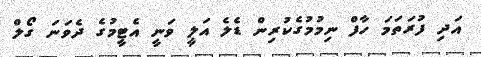
އަދި ފުރަތަމަ ހާފް ނިމުމުގެކުރިން ޑެލެ އަލީ ވަނީ އެޓީމުގެ ދެވަނަ ގޯލް